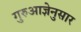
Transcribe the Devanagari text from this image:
गुरुआज्ञेनुसार